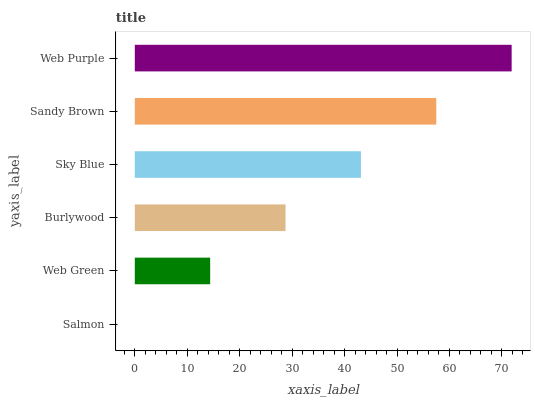
| yaxis_label | bars |
 | --- | --- |
 | Salmon | 0 |
 | Web Green | 14.4 |
 | Burlywood | 28.7 |
 | Sky Blue | 43.1 |
 | Sandy Brown | 57.5 |
 | Web Purple | 71.9 |